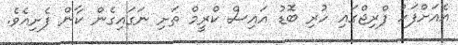
އެއަށްފަހު ފްރިޖްގައި ހުރި ބޮޑު އައިސް ކްރީމް ތަށި ނަގައިގެން ކާން ފެށިއެވެ.